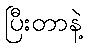
ပြီးတာနဲ့